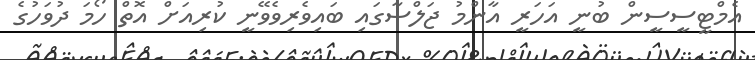
އެމްޓީސީސީން ބުނީ އަހަރީ އާންމު ޖަލްސާގައި ބައިވެރިވެވޭނީ ކުރިއަށް އޮތް ހޯމަ ދުވަހުގެ